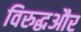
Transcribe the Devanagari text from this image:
विरुद्धऔर